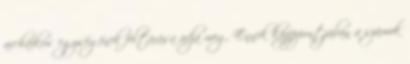
archaikus egységének feltárása adja meg. Ennek középpontjában a számok